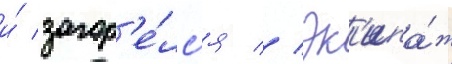
и́ загор'е́лс'я // Эк'ипа́ж